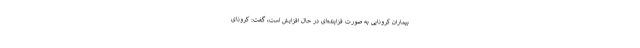
بیماران کرونایی به صورت فزاینده‌ای در حال افزایش است، گفت: کرونای